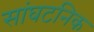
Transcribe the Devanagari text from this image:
सांघटनिक